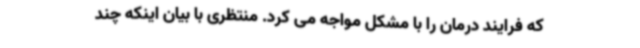
که فرایند درمان را با مشکل مواجه می کرد. منتظری با بیان اینکه چند